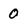
Character: O